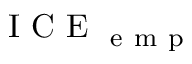
\mathrm { ~ I ~ C ~ E ~ } _ { \mathrm { ~ e ~ m ~ p ~ } }